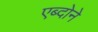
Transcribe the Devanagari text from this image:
एब्दोने